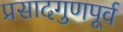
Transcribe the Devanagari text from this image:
प्रसादगुणपूर्व